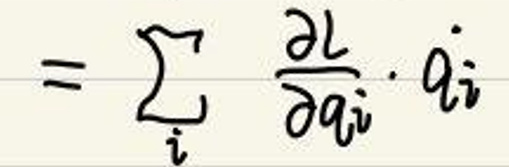
\(= \sum_{i} \frac{\partial L}{\partial \dot{q}_{i}} \cdot \dot{q}_{i}\)